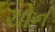
ચોન